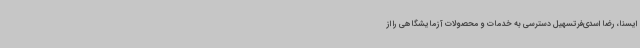
ایسنا، رضا اسدی‌فرتسهیل دسترسی به خدمات و محصولات آزمایشگاهی را از